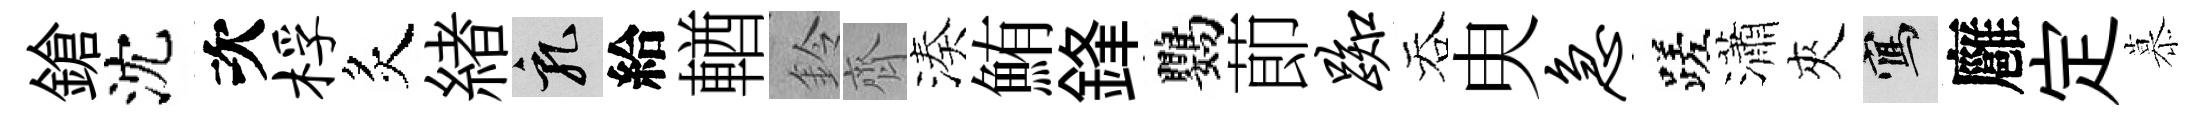
鎗沈次桴炙緖乳給輶鈴齊湊鮪鋒鸚莭踟吞㬰急蹉瀟夾寫廱定慕